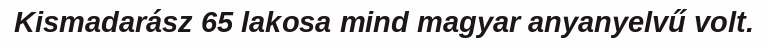
Kismadarász 65 lakosa mind magyar anyanyelvű volt.